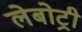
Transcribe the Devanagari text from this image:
लेबोट्री